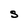
Character: S